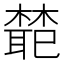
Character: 𭬊